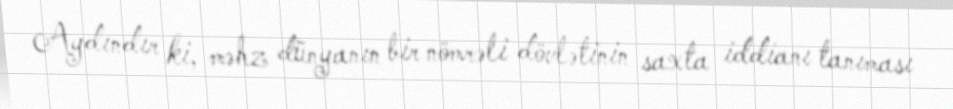
Aydındır ki, məhz dünyanın bir nömrəli dövlətinin saxta iddianı tanıması